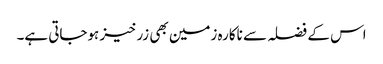
اس کے فضلہ سے ناکارہ زمین بھی زرخیز ہوجاتی ہے۔